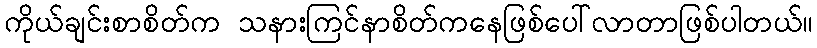
ကိုယ်ချင်းစာစိတ်က သနားကြင်နာစိတ်ကနေဖြစ်ပေါ်လာတာဖြစ်ပါတယ်။